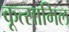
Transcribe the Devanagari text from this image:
कूत्सामिल